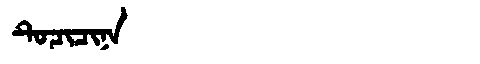
Manchu: ᡨᡠᠴᡳᠴᡳᠨᠠ
Romanization: TUCICINA